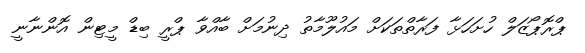
ޕްރޮޕޯޒަލް ހުށަހަޅާ ފަރާތްތަކަށް މައުލޫމާތު ދިނުމަށް ބާއްވާ ޕްރީ ބިޑް މީޓިން އޮންނާނީ